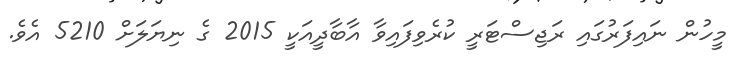
މީހުން ނައިފަރުގައި ރަޖިސްޓަރީ ކުރެވިފައިވާ އާބާދީއަކީ 2015 ގެ ނިޔަލަށް 5210 އެވެ.